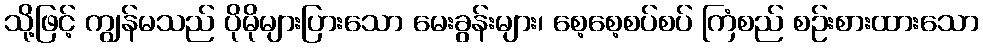
သို့ဖြင့် ကျွန်မသည် ပိုမိုများပြားသော မေးခွန်းများ၊ စေ့စေ့စပ်စပ် ကြံစည် စဉ်းစားထားသော